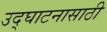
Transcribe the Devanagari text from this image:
उद्घाटनासाठी